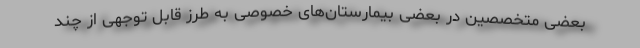
بعضی متخصصین در بعضی بیمارستان‌های خصوصی به طرز قابل توجهی از چند